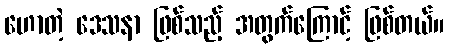
ဟောတဲ့ ဒေသနာ ဖြစ်သည့် အတွက်ကြောင့် ဖြစ်တယ်။